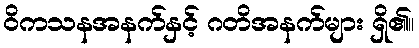
ဝိကသနအနက်နှင့် ဂတိအနက်များ ရှိ၏။